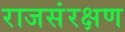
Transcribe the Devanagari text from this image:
राजसंरक्षण